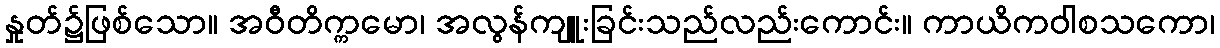
နှုတ်၌ဖြစ်သော။ အဝီတိက္ကမော၊ အလွန်ကျူးခြင်းသည်လည်းကောင်း။ ကာယိကဝါစသကော၊